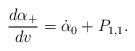
\begin{align*} \frac{d\alpha_+}{dv}=\dot{\alpha}_0+P_{1,1}.\end{align*}